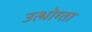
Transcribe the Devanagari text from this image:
उत्भोग्ता